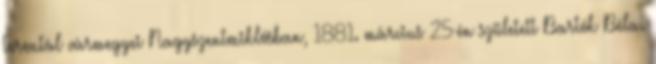
Torontál vármegyei Nagyszentmiklósban, 1881. március 25-én született Bartók Béla.